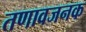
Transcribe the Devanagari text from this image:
तणावजनक